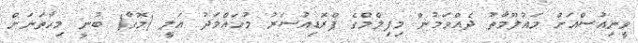
ވީނިއުސްއަށް މައުލޫމާތު ދެއްވަމުން މިފިލްމްގެ ޕްރޮޑިއުސަރު މުހައްމަދު އަލީ (މޮގާ) ބުނީ މިހާތަނަށް